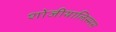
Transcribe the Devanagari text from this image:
शोजीयालिस्मस